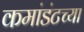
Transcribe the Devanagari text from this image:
कमांडंटच्या